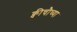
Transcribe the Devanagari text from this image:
क्वीचौच्या